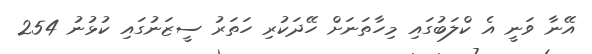
އޭނާ ވަނީ އެ ކްލަބުގައި މިހާތަނަށް ހޭދަކުރި ހަތަރު ސީޒަނުގައި ކުޅުނު 254